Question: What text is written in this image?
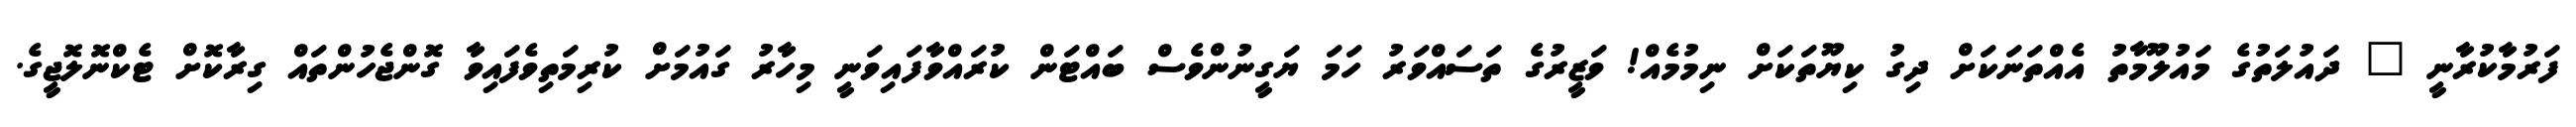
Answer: ފަރުމާކުރާނީ " ދައުލަތުގެ މައުލޫމާތު އެއްތަނަކަށް ދިގު ކިޔޫތަކަށް ނިމުމެއް! ވަޒީރުގެ ތަސައްވަރު ހަމަ ޔަގީނުންވެސް ބައްޓަން ކުރައްވާފައިވަނީ މިހާރު ގައުމަށް ކުރިމަތިވެފައިވާ ގޮންޖެހުންތައް ގިރާކޮށް ޓެކްނޮލޮޖީގެ.